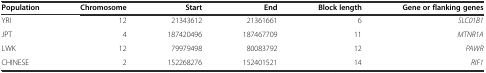
<table><thead><tr><td><b>Population</b></td><td><b>Chromosome</b></td><td><b>Start</b></td><td><b>End</b></td><td><b>Block length</b></td><td><b>Gene or flanking genes</b></td></tr></thead><tbody><tr><td>YRI</td><td>12</td><td>21343612</td><td>21361661</td><td>6</td><td><i>SLC01B1</i></td></tr><tr><td>JPT</td><td>4</td><td>187420496</td><td>187467709</td><td>11</td><td><i>MTNR1A</i></td></tr><tr><td>LWK</td><td>12</td><td>79979498</td><td>80083792</td><td>12</td><td><i>PAWR</i></td></tr><tr><td>CHINESE</td><td>2</td><td>152268276</td><td>152401521</td><td>14</td><td><i>RIF1</i></td></tr></tbody></table>